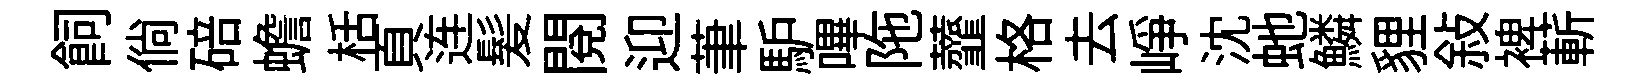
飼倘碚蟾栝頁连髪閲迎茟馿嗶陁虀格去峥沈虵鱗貍敍裨蔪